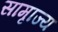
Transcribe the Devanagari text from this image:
सामृाज्य